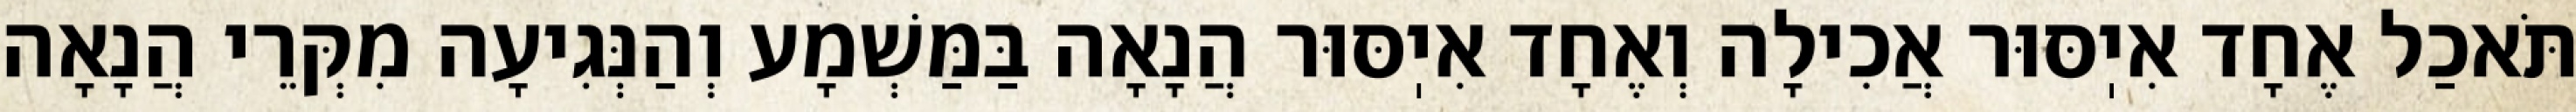
תֹּאכַל אֶחָד אִיֽסּוּר אֲכִילָה וְאֶחָד אִיֽסּוּר הֲנָאָה בַּמַּשְׁמָע וְהַנְּגִיעָה מִקְּרֵי הֲנָאָה